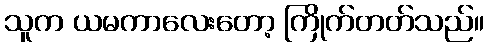
သူက ယမကာလေးတော့ ကြိုက်တတ်သည်။